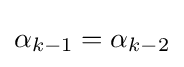
\alpha _{k-1}=\alpha _{k-2}